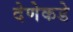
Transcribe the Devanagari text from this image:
देणेकडे